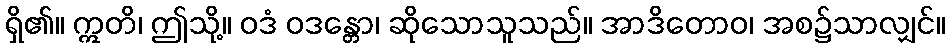
ရှိ၏။ ဣတိ၊ ဤသို့။ ဝဒံ ဝဒန္တော၊ ဆိုသောသူသည်။ အာဒိတောဝ၊ အစ၌သာလျှင်။